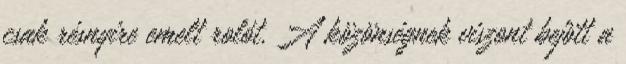
csak résnyire emelt rolót. A közönségnek viszont bejött a